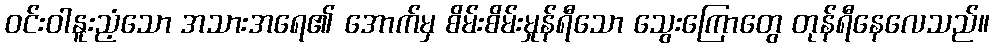
ဝင်းဝါနူးညံ့သော အသားအရေ၏ အောက်မှ စိမ်းစိမ်းမှုန်ရီသော သွေးကြောတွေ တုန်ရီနေလေသည်။